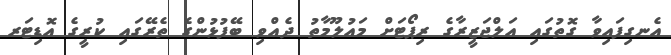
އެނގިފައިވާ ގޮތުގައި އަލްޖަޒީރާގެ ރިޕޯޓަށް މައުލޫމާތު ދެއްވި ބޭފުޅުންގެ ތެރޭގައި ކުރީގެ އޮޑިޓަރ